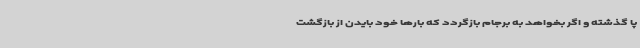
پا گذشته و اگر بخواهد به برجام بازگردد که بارها خود بایدن از بازگشت